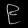
Digit: ၉